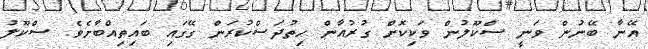
އޭނާ ބޭނުން ވަނީ ސްކޫލުން ވަކިކޮށް ގުރުއާން ހިތުދަސްކުރަން ގޭގައި ބައިތިއްބާށެވެ. ސްކޫލު